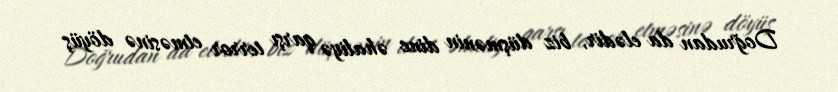
Doğrudan da elədir, biz düşmənin dinc əhaliyə qarşı terror etməsinə döyüş